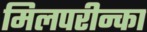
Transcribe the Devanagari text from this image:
मिलपरीन्का